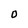
Character: O